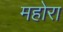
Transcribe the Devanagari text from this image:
महोरा